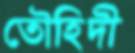
তৌহিদী